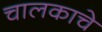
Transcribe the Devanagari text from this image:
चालकाचे